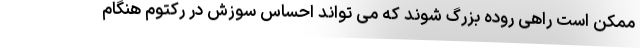
ممکن است راهی روده بزرگ شوند که می تواند احساس سوزش در رکتوم هنگام